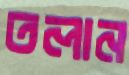
তলান